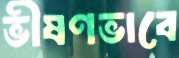
ভীষণভাবে